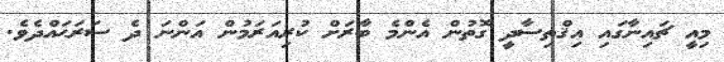
މިއީ ޗައިނާގައި އިޤްތިސާދީ ގޮތުން އެންމެ ބާރަށް ކުރިއަރަމުން އަންނަ ދެ ސަރަޙައްދެވެ.